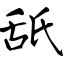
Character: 舐